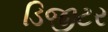
ડિજીટર